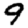
Digit: 9